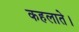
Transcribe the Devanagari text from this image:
कहलाते।